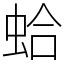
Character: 蛤